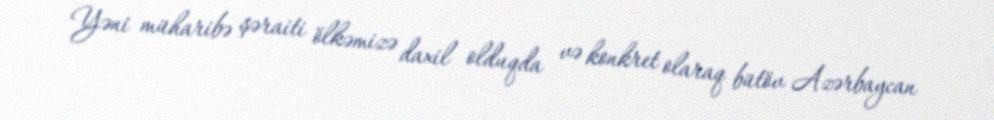
Yəni müharibə şəraiti ölkəmizə daxil olduqda və konkret olaraq bütöv Azərbaycan